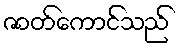
ဇာတ်ကောင်သည်